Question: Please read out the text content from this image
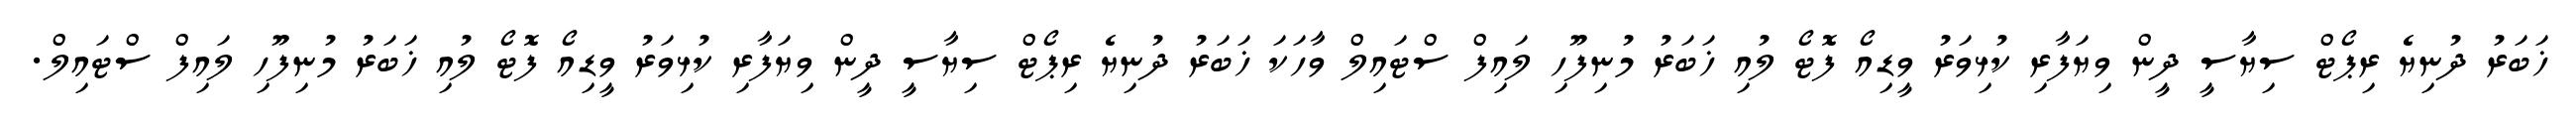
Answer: ޚަބަރު ދުނިޔެ ރިޕޯޓް ސިޔާސީ ދީން ވިޔަފާރި ކުޅިވަރު ވީޑިއޯ ފޮޓޯ ލުއި ޚަބަރު މުނިފޫހި ލައިފް ސްޓައިލް ވާހަކަ ޚަބަރު ދުނިޔެ ރިޕޯޓް ސިޔާސީ ދީން ވިޔަފާރި ކުޅިވަރު ވީޑިއޯ ފޮޓޯ ލުއި ޚަބަރު މުނިފޫހި ލައިފް ސްޓައިލް.